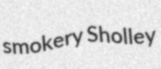
smokery Sholley